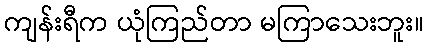
ကျန်းရီက ယုံကြည်တာ မကြာသေးဘူး။